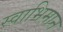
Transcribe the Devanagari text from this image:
स्‍वाभिमान